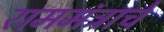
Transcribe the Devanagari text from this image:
राममंत्राचे